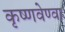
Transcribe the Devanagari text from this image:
कृष्णवेण्वा